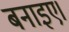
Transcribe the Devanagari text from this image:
बनाइए।